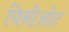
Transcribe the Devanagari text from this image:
चिनीओट